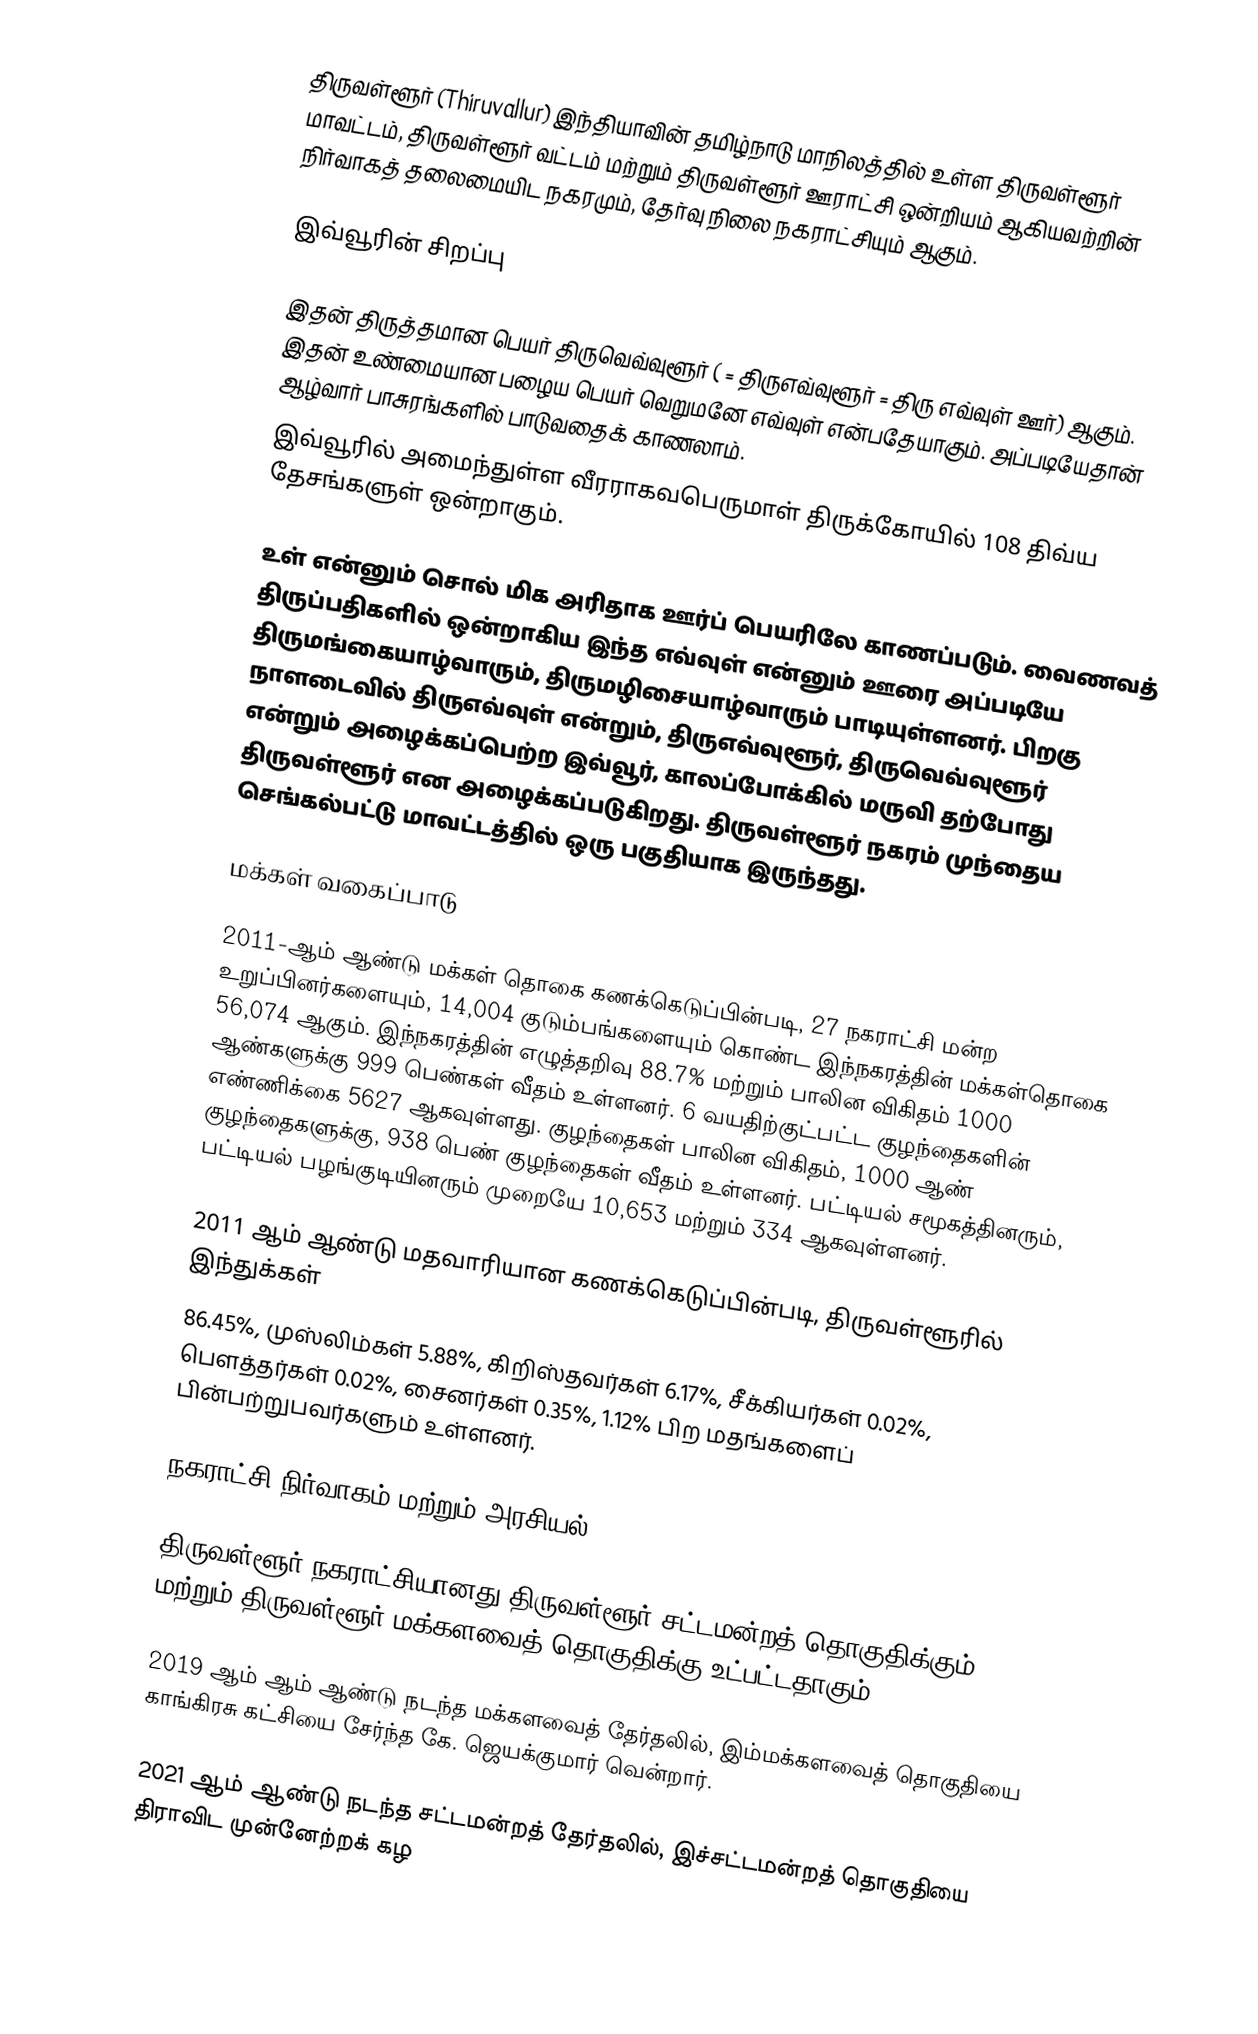
திருவள்ளூர் (Thiruvallur) இந்தியாவின் தமிழ்நாடு மாநிலத்தில் உள்ள திருவள்ளூர் மாவட்டம், திருவள்ளூர் வட்டம் மற்றும் திருவள்ளூர் ஊராட்சி ஒன்றியம் ஆகியவற்றின் நிர்வாகத் தலைமையிட நகரமும், தேர்வு நிலை நகராட்சியும் ஆகும்.

இவ்வூரின் சிறப்பு

இதன் திருத்தமான பெயர் திருவெவ்வுளூர் ( = திருஎவ்வுளூர் = திரு எவ்வுள் ஊர்) ஆகும். இதன் உண்மையான பழைய பெயர் வெறுமனே எவ்வுள் என்பதேயாகும். அப்படியேதான் ஆழ்வார் பாசுரங்களில் பாடுவதைக் காணலாம்.
இவ்வூரில் அமைந்துள்ள வீரராகவபெருமாள் திருக்கோயில் 108 திவ்ய தேசங்களுள் ஒன்றாகும்.

உள் என்னும் சொல் மிக அரிதாக ஊர்ப் பெயரிலே காணப்படும். வைணவத் திருப்பதிகளில் ஒன்றாகிய இந்த எவ்வுள் என்னும் ஊரை அப்படியே திருமங்கையாழ்வாரும், திருமழிசையாழ்வாரும் பாடியுள்ளனர். பிறகு நாளடைவில் திருஎவ்வுள் என்றும், திருஎவ்வுளூர், திருவெவ்வுளூர் என்றும் அழைக்கப்பெற்ற இவ்வூர், காலப்போக்கில் மருவி தற்போது திருவள்ளூர் என அழைக்கப்படுகிறது. திருவள்ளூர் நகரம் முந்தைய செங்கல்பட்டு மாவட்டத்தில் ஒரு பகுதியாக இருந்தது.

மக்கள் வகைப்பாடு

2011-ஆம் ஆண்டு மக்கள் தொகை கணக்கெடுப்பின்படி, 27  நகராட்சி மன்ற உறுப்பினர்களையும், 14,004 குடும்பங்களையும் கொண்ட இந்நகரத்தின் மக்கள்தொகை 56,074 ஆகும். இந்நகரத்தின் எழுத்தறிவு 88.7% மற்றும் பாலின விகிதம் 1000 ஆண்களுக்கு 999 பெண்கள் வீதம் உள்ளனர். 6 வயதிற்குட்பட்ட குழந்தைகளின் எண்ணிக்கை  5627 ஆகவுள்ளது. குழந்தைகள் பாலின விகிதம், 1000 ஆண் குழந்தைகளுக்கு, 938 பெண் குழந்தைகள் வீதம் உள்ளனர். பட்டியல் சமூகத்தினரும், பட்டியல் பழங்குடியினரும் முறையே 10,653 மற்றும் 334 ஆகவுள்ளனர்.

2011 ஆம் ஆண்டு மதவாரியான கணக்கெடுப்பின்படி, திருவள்ளூரில் இந்துக்கள்
86.45%, முஸ்லிம்கள் 5.88%, கிறிஸ்தவர்கள் 6.17%, சீக்கியர்கள் 0.02%, பௌத்தர்கள் 0.02%, சைனர்கள் 0.35%, 1.12% பிற மதங்களைப் பின்பற்றுபவர்களும் உள்ளனர்.

நகராட்சி நிர்வாகம் மற்றும் அரசியல்

திருவள்ளூர் நகராட்சியானது திருவள்ளூர் சட்டமன்றத் தொகுதிக்கும் மற்றும் திருவள்ளூர் மக்களவைத் தொகுதிக்கு உட்பட்டதாகும்.

2019 ஆம் ஆம் ஆண்டு நடந்த மக்களவைத் தேர்தலில், இம்மக்களவைத் தொகுதியை காங்கிரசு கட்சியை சேர்ந்த கே. ஜெயக்குமார் வென்றார்.

2021 ஆம் ஆண்டு நடந்த சட்டமன்றத் தேர்தலில், இச்சட்டமன்றத் தொகுதியை திராவிட முன்னேற்றக் கழ